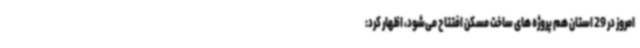
امروز در 29 استان هم پروژه های ساخت مسکن افتتاح می‌شود، اظهار کرد: